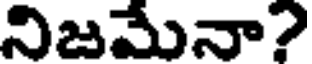
నిజమేనా?